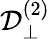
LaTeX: {\mathcal{D}}_{\perp}^{(2)}